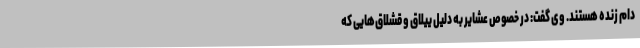
دام زنده هستند. وی گفت: در خصوص عشایر به دلیل ییلاق و قشلاق‌هایی که